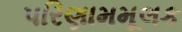
પરિણામમૂલક